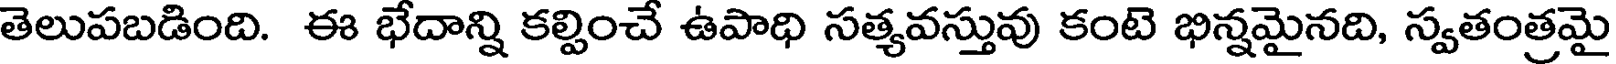
తెలుపబడింది. ఈ భేదాన్ని కల్పించే ఉపాధి సత్యవస్తువు కంటె భిన్నమైనది, స్వతంత్రమై